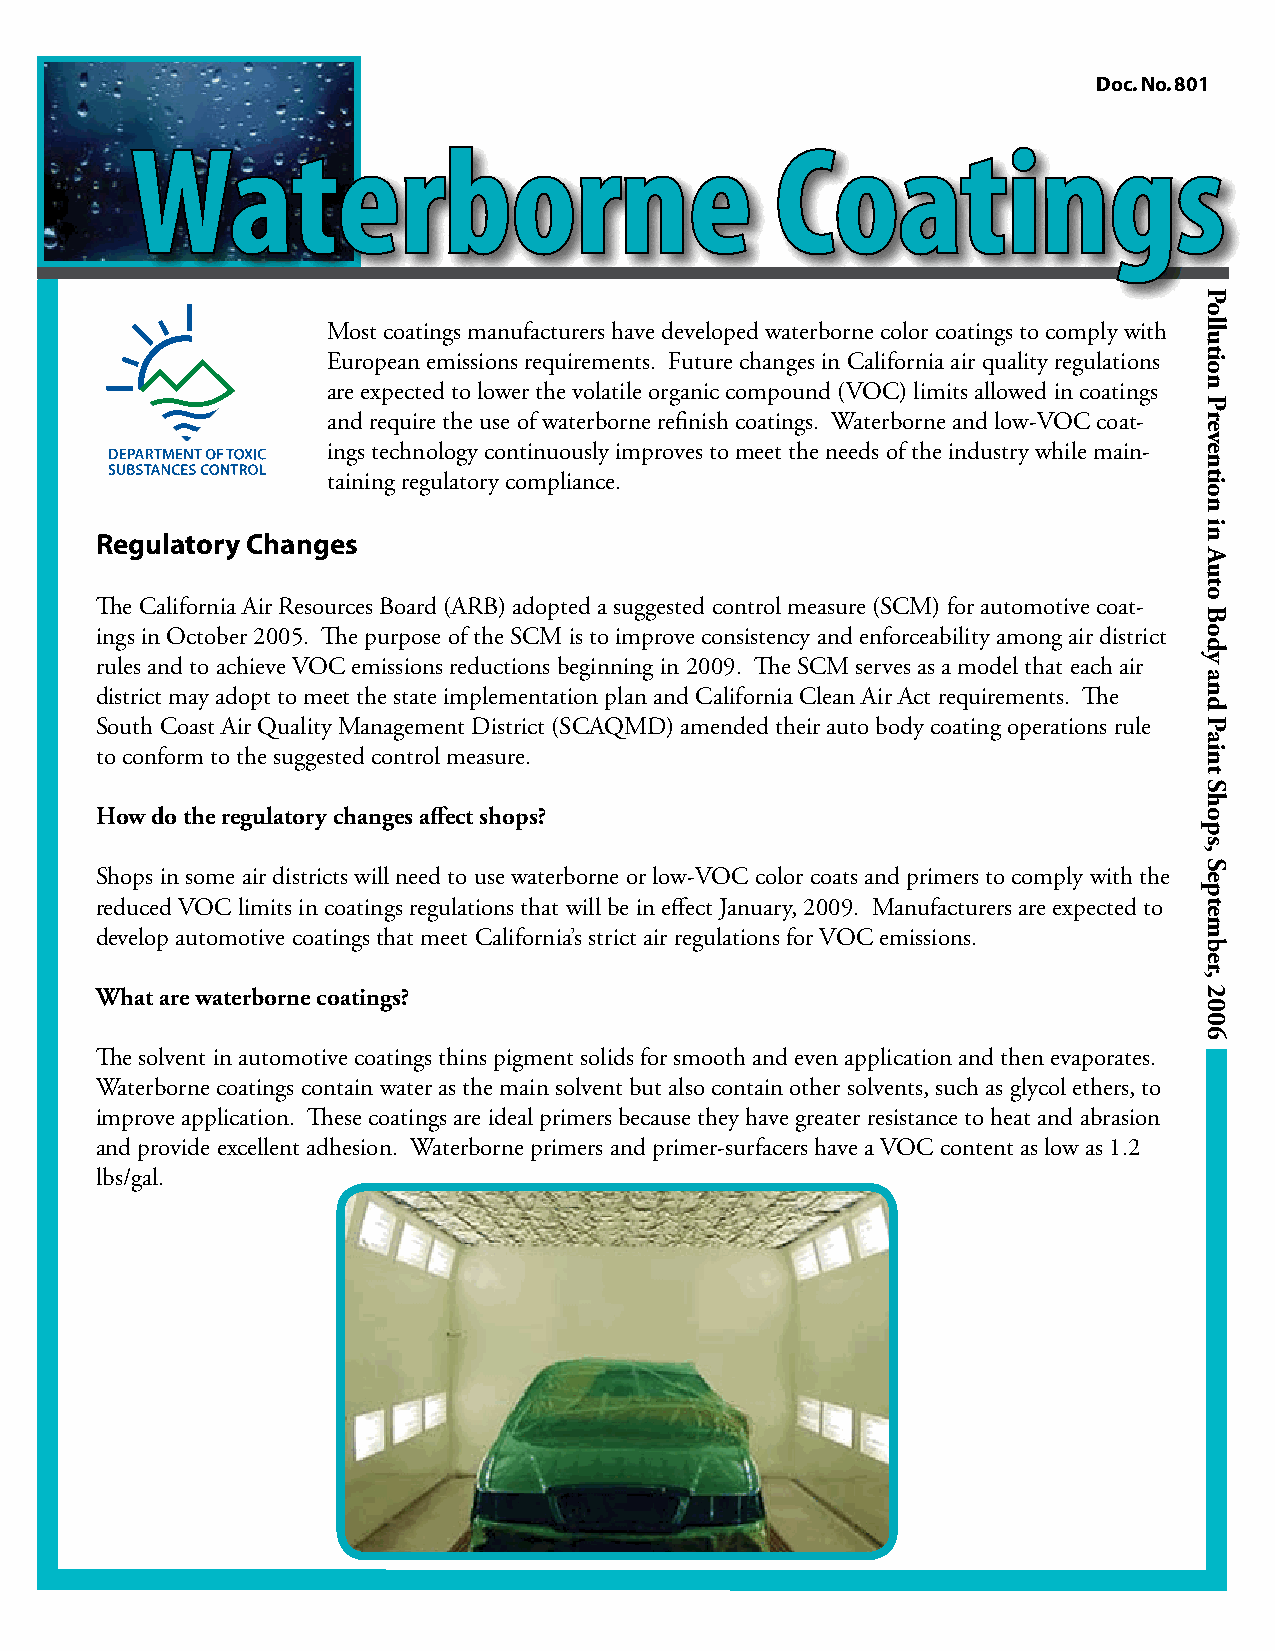
Doc. No. 801
 Waterborne                                Coatings
 Most coatings manufacturers have developed waterborne color coatings to comply with
 European emissions requirements. Future changes in California air quality regulations
 are expected to lower the volatile organic compound (VOC) limits allowed in coatings
 and require the use of waterborne refinish coatings. Waterborne and low-VOC coat-
 ings technology continuously improves to meet the needs of the industry while main-
 taining regulatory compliance.
 Regulatory Changes
 The California Air Resources Board (ARB) adopted a suggested control measure (SCM) for automotive coat-
 ings in October 2005. The purpose of the SCM is to improve consistency and enforceability among air district
 rules and to achieve VOC emissions reductions beginning in 2009. The SCM serves as a model that each air
 district may adopt to meet the state implementation plan and California Clean Air Act requirements. The
 South Coast Air Quality Management District (SCAQMD) amended their auto body coating operations rule
 to conform to the suggested control measure.
 How do the regulatory changes affect shops?
 Shops in some air districts will need to use waterborne or low-VOC color coats and primers to comply with the
 reduced VOC limits in coatings regulations that will be in effect January, 2009. Manufacturers are expected to
 develop automotive coatings that meet California’s strict air regulations for VOC emissions.
 What are waterborne coatings?
 The solvent in automotive coatings thins pigment solids for smooth and even application and then evaporates.
 Waterborne coatings contain water as the main solvent but also contain other solvents, such as glycol ethers, to
 improve application. These coatings are ideal primers because they have greater resistance to heat and abrasion
 and provide excellent adhesion. Waterborne primers and primer-surfacers have a VOC content as low as 1.2
 lbs/gal.
 Pollution
 Prevention
 in
 Auto
 Body
 and
 Paint
 Shops,
 September,
 2006